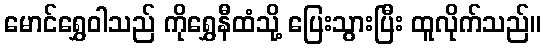
မောင်ရွှေဝါသည် ကိုရွှေနီထံသို့ ပြေးသွားပြီး ထူလိုက်သည်။